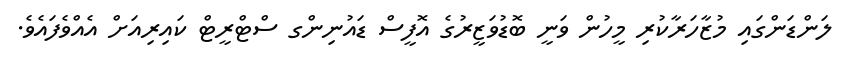
ލަންޑަންގައި މުޒާހަރާކުރި މީހުން ވަނީ ބޮޑުވަޒީރުގެ އޮފީސް ޑައުނިންގ ސްޓްރީޓް ކައިރިއަށް އެއްވެފައެވެ.